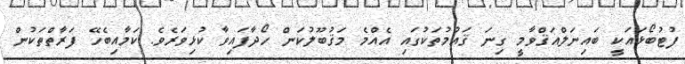
ފުޓުބޯޅައަކީ ބައިނަލްއަޤްވާމީ ގިނަ ޤައުމުތަކުގައި އެއްމެ މަޤުބޫލުކަން ހޯދާފައިވާ ކުޅިވަރެވެ. ކަމާއިބެހޭ ފަރާތްތަކުން